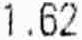
1.62